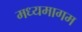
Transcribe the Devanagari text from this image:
मध्यमागम